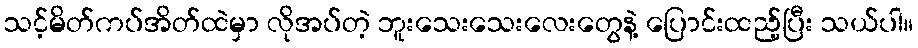
သင့်မိတ်ကပ်အိတ်ထဲမှာ လိုအပ်တဲ့ ဘူးသေးသေးလေးတွေနဲ့ ပြောင်းထည့်ပြီး သယ်ပါ။